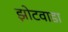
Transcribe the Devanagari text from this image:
झोटवाडा